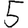
Digit: 5